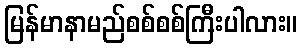
မြန်မာနာမည်စစ်စစ်ကြီးပါလား။